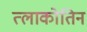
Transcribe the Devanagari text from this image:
त्लाकोतिन